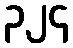
၃၂၄